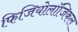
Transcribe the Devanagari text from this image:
फिजियोलॉजिकल